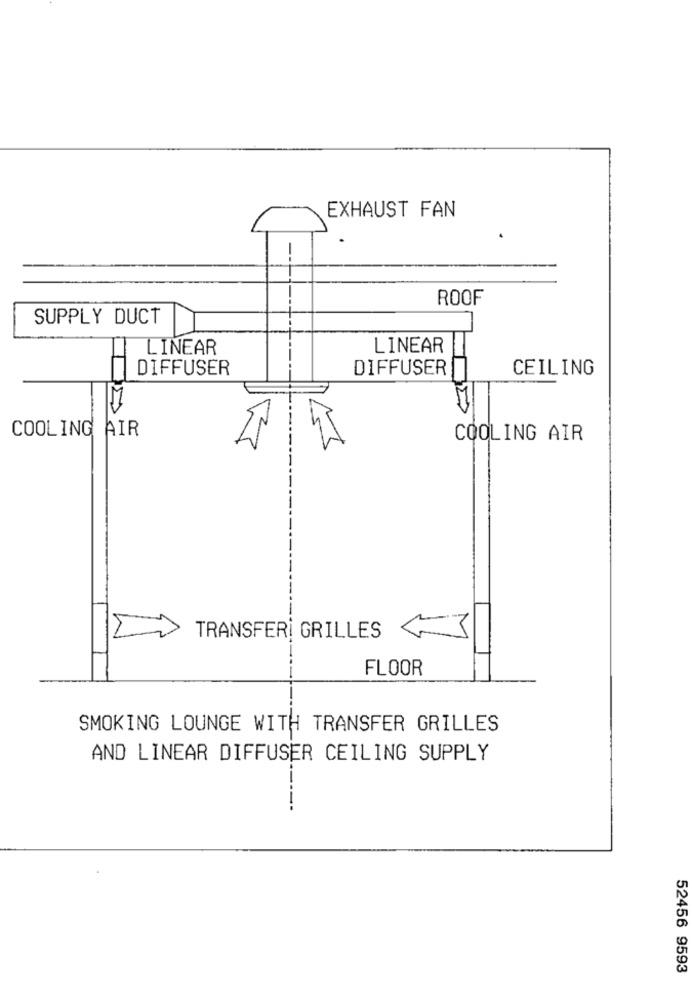
EXHAUST FAN
--
ROOF
SUPPLY DUCT
LINEAR
LINEAR
H
DIFFUSER
DIFFUSER
CEILING
COOLING AIR
COOLING AIR
TRANSFER! GRILLES
FLOOR
SMOKING LOUNGE WITH TRANSFER GRILLES
AND LINEAR DIFFUSER CEILING SUPPLY
-----
52456 9593